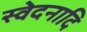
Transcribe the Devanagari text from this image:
स्वेदनादि